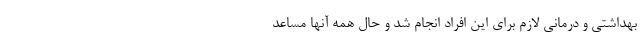
بهداشتی و درمانی لازم برای این افراد انجام شد و حال همه آنها مساعد